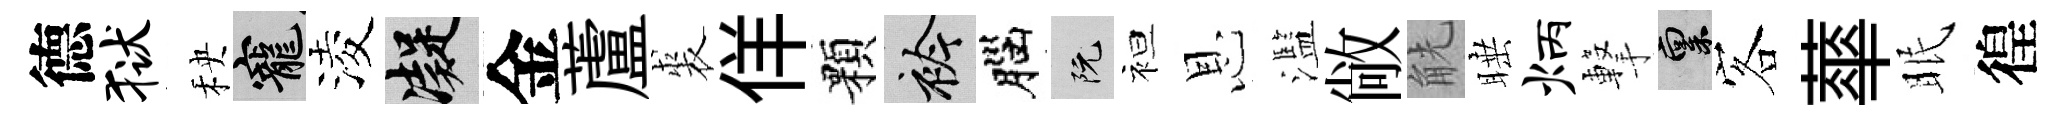
德狱秧寵淩凝金蘆裘佯顆衿腦阮袒恩濫敞觥睡炳撃禀客蕐眠徨